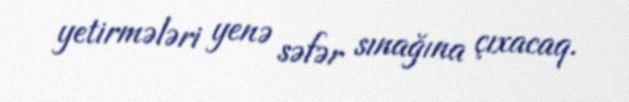
yetirmələri yenə səfər sınağına çıxacaq.